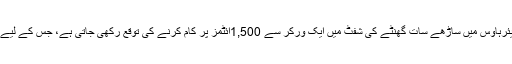
علی بابا کا کہنا ہے کہ روایتی ویئرہاؤس میں ساڑھے سات گھنٹے کی شفٹ میں ایک ورکر سے 1,500آئٹمز پر کام کرنے کی توقع رکھی جاتی ہے، جس کے لیے اسے 27,924قدم چلنا پڑتا ہے۔